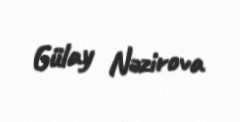
Gülay Nəzirova